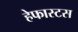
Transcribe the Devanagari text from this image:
हेफास्टस